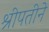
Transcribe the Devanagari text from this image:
श्रीपतीने